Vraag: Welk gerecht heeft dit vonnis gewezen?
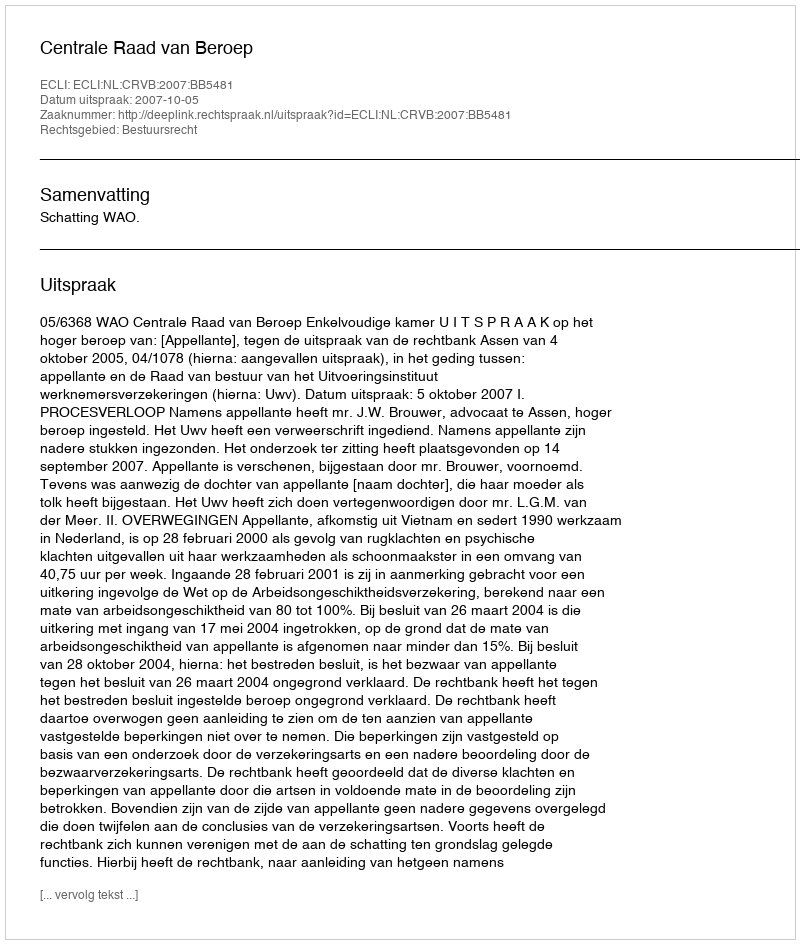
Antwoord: Centrale Raad van Beroep